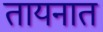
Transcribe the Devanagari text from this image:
तायनात